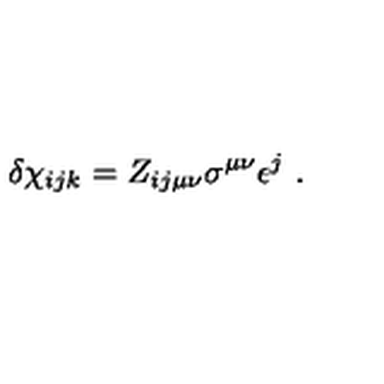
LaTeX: \delta \chi _ { i j k } = Z _ { i j \mu \nu } \sigma ^ { \mu \nu } \epsilon ^ { j } \ .